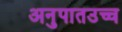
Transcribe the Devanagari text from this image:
अनुपातउच्च